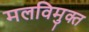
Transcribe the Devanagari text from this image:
मलविमुक्त